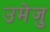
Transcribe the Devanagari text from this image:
उमेजु